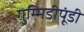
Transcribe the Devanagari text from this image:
गुम्मिडीपूंडी